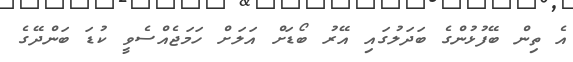
އެ ތިން ބޭފުޅުންގެ ބަދަލުގައި އޭރު ބޯޑަށް އަލަށް ހަމަޖެއްސެވީ ކުޑަ ބަންދޭގެ